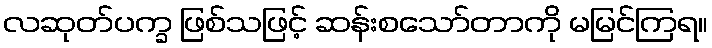
လဆုတ်ပက္ခ ဖြစ်သဖြင့် ဆန်းစသော်တာကို မမြင်ကြရ။